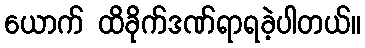
ယောက် ထိခိုက်ဒဏ်ရာရခဲ့ပါတယ်။